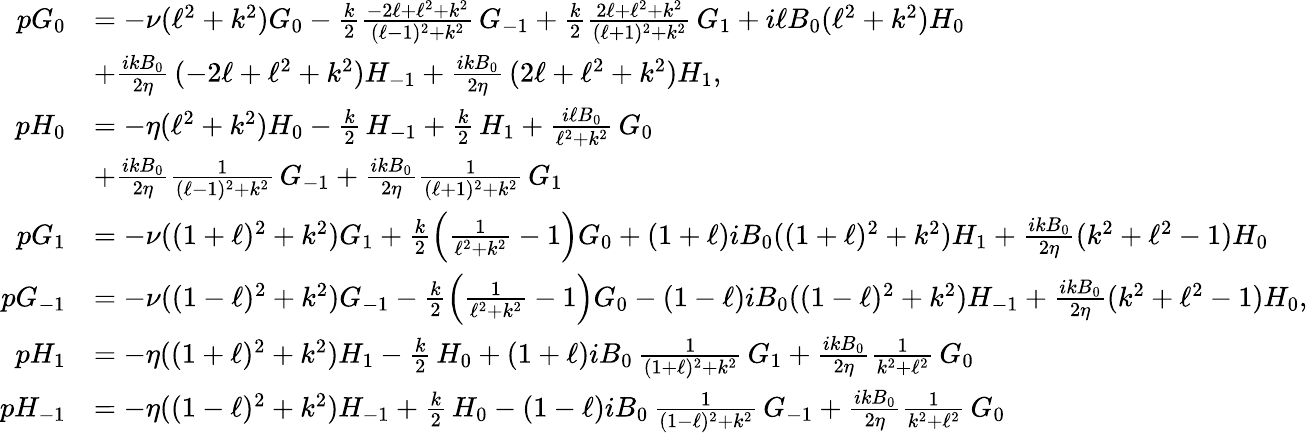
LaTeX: \begin{array}{rl}{pG_{0}}&{=-\nu(\ell^{2}+k^{2})G_{0}-\frac{k}{2}\frac{-2\ell+\ell^{2}+k^{2}}{(\ell-1)^{2}+k^{2}}\, G_{-1}+\frac{k}{2}\frac{2\ell+\ell^{2}+k^{2}}{(\ell+1)^{2}+k^{2}}\, G_{1}+i\ell B_{0}(\ell^{2}+k^{2})H_{0}}\\ &{+\frac{ikB_{0}}{2\eta}\, (-2\ell+\ell^{2}+k^{2})H_{-1}+\frac{ikB_{0}}{2\eta}\, (2\ell+\ell^{2}+k^{2})H_{1},}\\ {pH_{0}}&{=-\eta(\ell^{2}+k^{2})H_{0}-\frac{k}{2}\, H_{-1}+\frac{k}{2}\, H_{1}+\frac{i\ell B_{0}}{\ell^{2}+k^{2}}\, G_{0}}\\ &{+\frac{ikB_{0}}{2\eta}\frac{1}{(\ell-1)^{2}+k^{2}}\, G_{-1}+\frac{ikB_{0}}{2\eta}\frac{1}{(\ell+1)^{2}+k^{2}}\, G_{1}}\\ {pG_{1}}&{=-\nu((1+\ell)^{2}+k^{2})G_{1}+\frac{k}{2}\left(\frac{1}{\ell^{2}+k^{2}}-1\right)G_{0}+(1+\ell)iB_{0}((1+\ell)^{2}+k^{2})H_{1}+\frac{ikB_{0}}{2\eta}(k^{2}+\ell^{2}-1)H_{0}}\\ {pG_{-1}}&{=-\nu((1-\ell)^{2}+k^{2})G_{-1}-\frac{k}{2}\left(\frac{1}{\ell^{2}+k^{2}}-1\right)G_{0}-(1-\ell)iB_{0}((1-\ell)^{2}+k^{2})H_{-1}+\frac{ikB_{0}}{2\eta}(k^{2}+\ell^{2}-1)H_{0},}\\ {pH_{1}}&{=-\eta((1+\ell)^{2}+k^{2})H_{1}-\frac{k}{2}\, H_{0}+(1+\ell)iB_{0}\, \frac{1}{(1+\ell)^{2}+k^{2}}\, G_{1}+\frac{ikB_{0}}{2\eta}\frac{1}{k^{2}+\ell^{2}}\, G_{0}}\\ {pH_{-1}}&{=-\eta((1-\ell)^{2}+k^{2})H_{-1}+\frac{k}{2}\, H_{0}-(1-\ell)iB_{0}\, \frac{1}{(1-\ell)^{2}+k^{2}}\, G_{-1}+\frac{ikB_{0}}{2\eta}\frac{1}{k^{2}+\ell^{2}}\, G_{0}}\end{array}